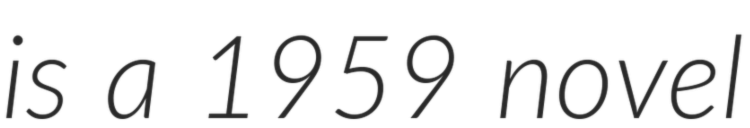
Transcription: is a 1959 novel